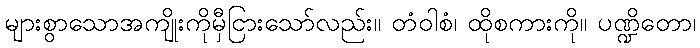
များစွာသောအကျိုးကိုမှီငြားသော်လည်း။ တံဝါစံ၊ ထိုစကားကို။ ပဏ္ဍိတော၊